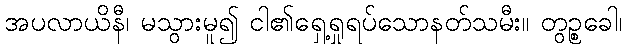
အပလာယိနီ၊ မသွားမူ၍ ငါ၏ရှေ့ရှုရပ်သောနတ်သမီး။ တွဉ္စခေါ၊